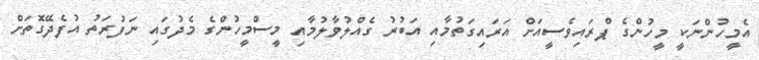
އެމީހުންނަކީ މީހުންގެ ޕްރައިވެސީއަށް އަރައިގަތުމާއި އަބުރު ގެއްލުވާލުމާއި މީސްމީހުންގެ މެދުގައި ނަފުރަތު އުފެދޭގޮތަށް